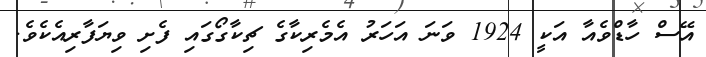
އޭސް ހާޑްވެއާ އަކީ 1924 ވަނަ އަހަރު އެމެރިކާގެ ޗިކާގޯގައި ފެށި ވިޔަފާރިއެކެވެ.